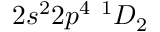
{ 2 s ^ { 2 } 2 p ^ { 4 } ~ ^ { 1 } D _ { 2 } }